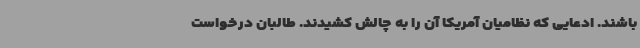
باشند. ادعایی که نظامیان آمریکا آن را به چالش کشیدند. طالبان درخواست